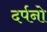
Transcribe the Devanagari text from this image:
दर्पनो